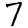
Digit: 7